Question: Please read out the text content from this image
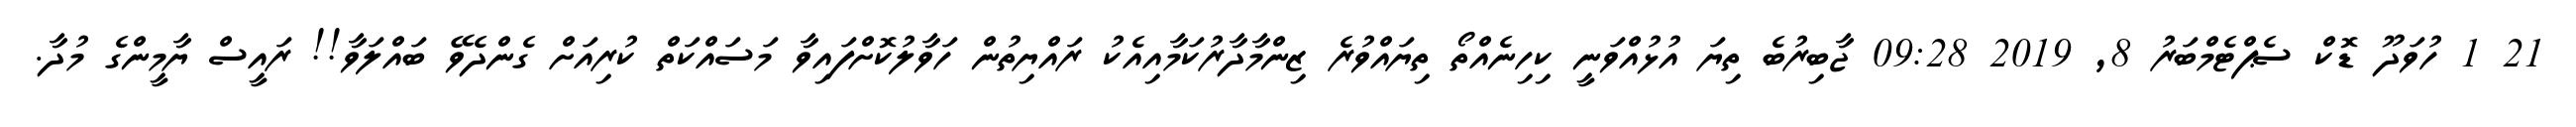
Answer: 21 1 ހުވަދޫ ޑޮކް ސެޕްޓެމްބަރު 8, 2019 09:28 ޖާބިރުބެ ތިޔަ އުޅުއްވަނީ ކިހިނެއްތޯ ތިޔައްވުރެ ޒިންމާދާރުކަމާއިއެކު ރައްޔިތުން ހަވާލުކޮށްފައިވާ މަސައްކަތް ކުރިއަށް ގެންދެވޭ ބައްލަވާ!! ރައީސް ޔާމީންގެ މުދާ.